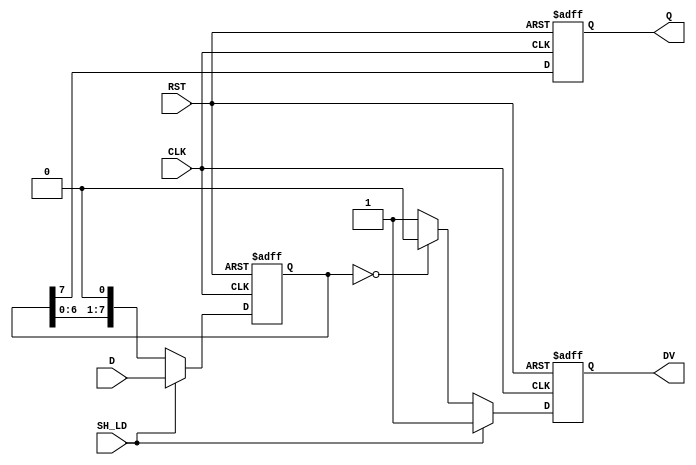
module PISO_Register #(
    parameter n = 8  // Width of the parallel data input
)(
    input wire [n-1:0] D,       // Parallel data inputs
    input wire SH_LD,           // Shift/Load control signal
    input wire CLK,             // Clock signal
    input wire RST,             // Asynchronous reset signal
    output reg Q,               // Serial output
    output reg DV               // Data valid indicator
);

    reg [n-1:0] shift_reg;      // Internal register for PISO

    always @(posedge CLK or posedge RST) begin
        if (RST) begin
            // Asynchronous reset
            shift_reg <= 0;
            Q <= 0;
            DV <= 0;
        end else begin
            if (SH_LD) begin
                // Load mode: Load parallel data into the shift register
                shift_reg <= D;
                Q <= shift_reg[n-1]; // Output the MSB
                DV <= 1;             // Data valid is asserted
            end else begin
                // Shift mode: Shift data to the right
                Q <= shift_reg[n-1]; // Output the MSB
                shift_reg <= {shift_reg[n-2:0], 1'b0}; // Shift right
                if (shift_reg == 0) begin
                    DV <= 0;  // De-assert valid when all bits are shifted out
                end else begin
                    DV <= 1;  // Assert valid as long as there is data
                end
            end
        end
    end

endmodule